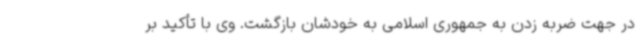
در جهت ضربه زدن به جمهوری اسلامی به خودشان بازگشت. وی با تأکید بر